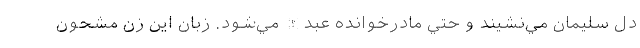
دل سليمان مي‌نشيند و حتي مادرخوانده عبدالله مي‌شود. زبان اين زن مشحون